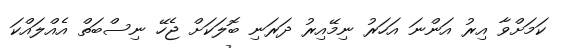
ކަމަށްވާ އިރު އަންނަ އަހަރު ނިމޭއިރު ދަރަނި ބޮލަކަށް ޖެހޭ ނިސްބަތް އެއްލައްކަ